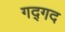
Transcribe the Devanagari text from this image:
गद्गद